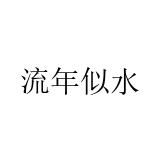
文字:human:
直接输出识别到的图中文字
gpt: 流年似水